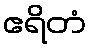
ဧရိတံ